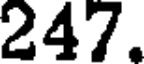
247.